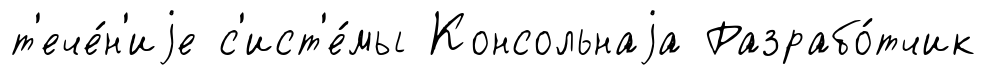
т'ече́н'иjе с'ист'е́мы Консольнаjа Разрабо́тчик